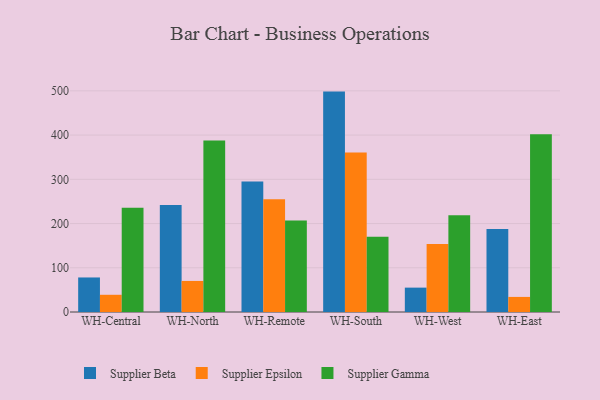
{"axis": {"x": "Warehouse", "y": "Latency (ms)"}, "legend": ["Supplier Beta", "Supplier Epsilon", "Supplier Gamma"], "data": [{"x": "WH-Central", "y": 78.1, "type": "Supplier Beta"}, {"x": "WH-Central", "y": 38.9, "type": "Supplier Epsilon"}, {"x": "WH-Central", "y": 235.8, "type": "Supplier Gamma"}, {"x": "WH-North", "y": 241.7, "type": "Supplier Beta"}, {"x": "WH-North", "y": 70.2, "type": "Supplier Epsilon"}, {"x": "WH-North", "y": 388.0, "type": "Supplier Gamma"}, {"x": "WH-Remote", "y": 295.1, "type": "Supplier Beta"}, {"x": "WH-Remote", "y": 254.8, "type": "Supplier Epsilon"}, {"x": "WH-Remote", "y": 206.8, "type": "Supplier Gamma"}, {"x": "WH-South", "y": 498.3, "type": "Supplier Beta"}, {"x": "WH-South", "y": 360.4, "type": "Supplier Epsilon"}, {"x": "WH-South", "y": 170.1, "type": "Supplier Gamma"}, {"x": "WH-West", "y": 55.1, "type": "Supplier Beta"}, {"x": "WH-West", "y": 153.5, "type": "Supplier Epsilon"}, {"x": "WH-West", "y": 218.8, "type": "Supplier Gamma"}, {"x": "WH-East", "y": 187.6, "type": "Supplier Beta"}, {"x": "WH-East", "y": 34.1, "type": "Supplier Epsilon"}, {"x": "WH-East", "y": 402.1, "type": "Supplier Gamma"}]}